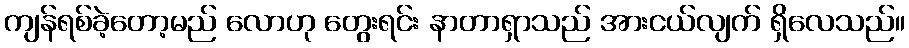
ကျန်ရစ်ခဲ့တော့မည် လောဟု တွေးရင်း နာတာရှာသည် အားငယ်လျက် ရှိလေသည်။